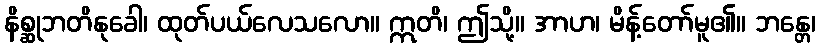
နိစ္ဆုဘတိနုခေါ၊ ထုတ်ပယ်လေသလော။ ဣတိ၊ ဤသို့။ အာဟ၊ မိန့်တော်မူ၏။ ဘန္တေ၊